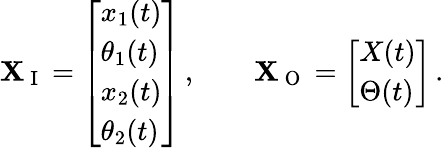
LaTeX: \mathbf{X}_{\mathrm{~I~}}=\left[\begin{array}{l}{x_{1}(t)}\\ {\theta_{1}(t)}\\ {x_{2}(t)}\\ {\theta_{2}(t)}\end{array}\right]\, ,\qquad\mathbf{X}_{\mathrm{~O~}}=\left[\begin{array}{l}{X(t)}\\ {\Theta(t)}\end{array}\right]\, .